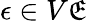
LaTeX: \epsilon\in V{\mathfrak{E}}